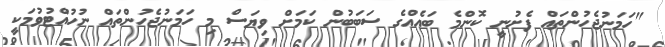
"ހަމަނުޖެހުންތައް ފެށުނީ ކޮންމެ ބައެއްގެ ސަބަބުން ކަމަށް ވިޔަސް މި ހަމަނުޖެހުންތައް ނުހުއްޓުވުމަކީ